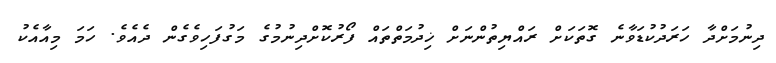
ދިނުމަށްދާ ހަރަދުކުޑަވާނެ ގޮތަކަށް ރައްޔިތުންނަށް ޚިދުމަތްތައް ފޯރުކޮށްދިނުމުގެ މަގުފަހިވެގެން ދެއެވެ. ހަމަ މިއާއެކު